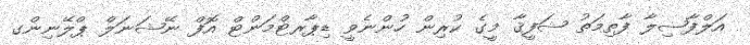
އަލްފާޟިލާ ފާތިމަތު ޝަފީޤާ މީގެ ކުރިން ހުންނެވީ ޑިޕާރޓްމަންޓް އޮފް ނޭޝަނަލް ޕްލޭނިންގ